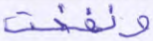
ونفخت